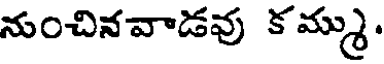
నుంచినవాడవు కమ్ము.